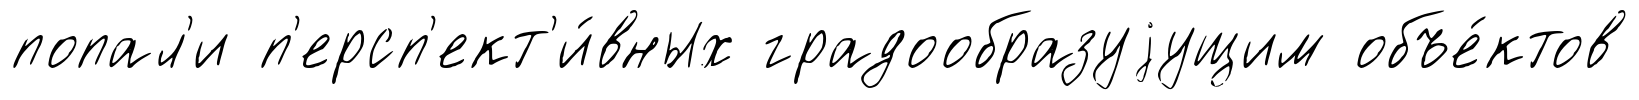
попал'и п'ерсп'ект'и́вных градообразуjущим объе́ктов